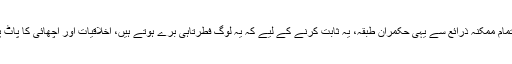
پھر اپنے تمام ممکنہ ذرائع سے یہی حکمران طبقہ، یہ ثابت کرنے کے لیے کہ یہ لوگ فطرتاًہی برے ہوتے ہیں، اخلاقیات اور اچھائی کا پاٹ پڑھاتا ہے۔